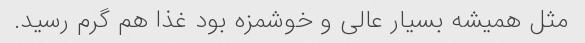
مثل همیشه بسیار عالی و خوشمزه بود غذا هم گرم رسید.